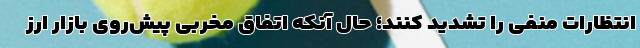
انتظارات منفی را تشدید کنند؛ حال آنکه اتفاق مخربی پیش‌روی بازار ارز